Lunatic asylums Central Provinces reports 1874-1885 - 1874-1885
Year: 1874
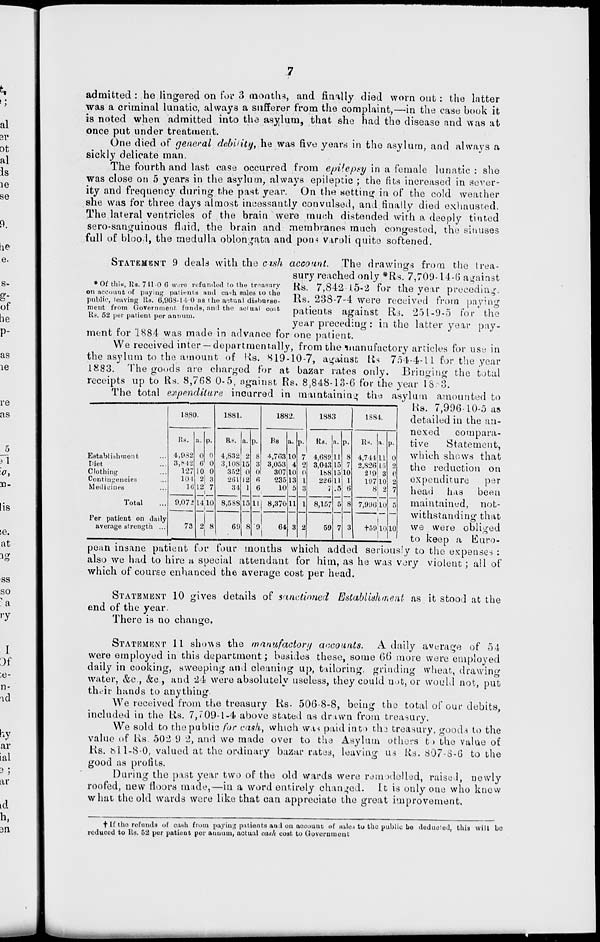
7
admitted : he lingered on for 3 months, and finally died worn out: the latter
was a criminal lunatic, always a sufferer from the complaint,—in the case book it
is noted when admitted into the asylum, that she had the disease and was at
once put under treatment.
One died of general debility, he was five years in the asylum, and always a
sickly delicate man.
The fourth and last case occurred from epilepsy in a female lunatic : she
was close on 5 years in the asylum, always epileptic ; the fits increased in sever-
ity and frequency during the past year. On the setting in of the cold weather
she was for three days almost incessantly convulsed, and finally died exhausted.
The lateral ventricles of the brain were much distended with a deeply tinted
sero-sanguinous fluid, the brain and membranes much congested, the sinuses
full of blood, the medulla oblongata and pons varoli quite softened.
*Of this, Rs. 741-0-6 were refunded to the treasury
on account of paying patients and cash sales to the
public, leaving Rs. 6,968-14-0 as the actual disburse-
ment from Government, funds, and the actual cost
Rs. 52 per patient per annum.
STATEMENT 9 deals with the cash account. The drawings from the trea-
sury reached only *Rs. 7,709-14-6 against
Rs. 7,842-15-2 for the year preceding
Rs. 238-7-4 were received from paying
patients against Rs. 251-9-5 for the
year preceding : in the latter year pay-
ment for 1884 was made in advance for one patient.
We received inter —departmentally, from the manufactory articles for use in
the asylum to the amount of Rs. 819-10-7, against Rs 754-4-11 for the year
1883. The goods are charged for at bazar rates only. Bringing the total
receipts up to Rs. 8,768 0-5, against Rs. 8,848-13-6 for the year 1883.
The total expenditure incurred in maintaining the asylum amounted to
Establishment ...
Diet ...
Clothing ...
Contingencies ...
Medicines ...
Total ...
Per patient on daily
average strength ...
1880.
Rs.
4,982
3,842
127
101
16
9,072
73
a.
0
6
10
2
12
14
2
p.
0
0
0
3 7
10
8
1881.
Rs.
4,832
3,108
352
261
34
8,588
69
a.
2
15
0
12
1
15
8
p.
8
3
0
6
6
11
9
1882.
Rs
4,763
3,053
307
235
10
8,370
64
a.
10
4
10
13
5
11
3
p.
7
2
0
1
3
1
2
1883
Rs.
4,689
3,043
188
226
7
8,157
59
a.
11
15
15
11
5
5
7
p.
8
7
10
1
6
8
3
1884.
Rs.
4,744
2,826
219
197
8
7,996
†59
a.
11
15
3
10
2
10
10
p.
0
2
6
2
7
5
10
Rs.
7,996-10-5 as
detailed in the an-
nexed
compara-
tive
Statement,
which shows that
the reduction on
expenditure
per
head has been
maintained, not-
withstanding that
we were obliged
to keep a Euro-
pean insane patient for four months which added seriously to the expenses :
also we had to hire a special attendant for him, as he was very violent; all of
which of course enhanced the average cost per head.
STATEMENT 10 gives details of sanctioned Establishment as it stood at the
end of the year.
There is no change.
STATEMENT 11 shows the manufactory accounts. A daily average of 54
were employed in this department; besides these, some 66 more were employed
daily in cooking, sweeping and cleaning up, tailoring, grinding wheat, drawing
water, &c., &c., and 24 were absolutely useless, they could not, or would not, put
their hands to anything.
We received from the treasury Rs.506-8-8, being the total of our debits,
included in the Rs. 7,709-1-4 above stated as drawn from treasury.
We sold to the public for cash, which was paid into the treasury, goods to the
value of Rs. 502- 9- 2, and we made over to the Asylum others to the value of
Rs. 811-8-0, valued at the ordinary bazar rates, leaving us Rs. 807-8-6 to the
good as profits.
During the past year two of the old wards were remodelled, raised, newly
roofed, new floors made,—in a word entirely changed. It is only one who knew
what the old wards were like that can appreciate the great improvement.
† If the refunds of cash from paying patients and on account of sales to the public be deducted, this will be
reduced to Rs. 52 per patient per annum, actual cash cost to Government